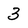
Character: 3